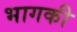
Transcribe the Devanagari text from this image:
भागकी